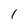
Character: 1